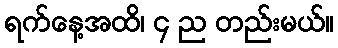
ရက်နေ့အထိ၊ ၄ ည တည်းမယ်။